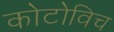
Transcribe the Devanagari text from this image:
कोटोविच